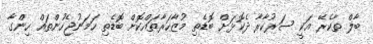
ބާލް ތާކެރޭ އަކީ ސަރުކާރާ ދެކޮޅަށް ބޮޑެތި މުޒާހަރާތައްކޮށް ބޮޑެތި ހަމަނުޖެހުންތައް ހިންގާ